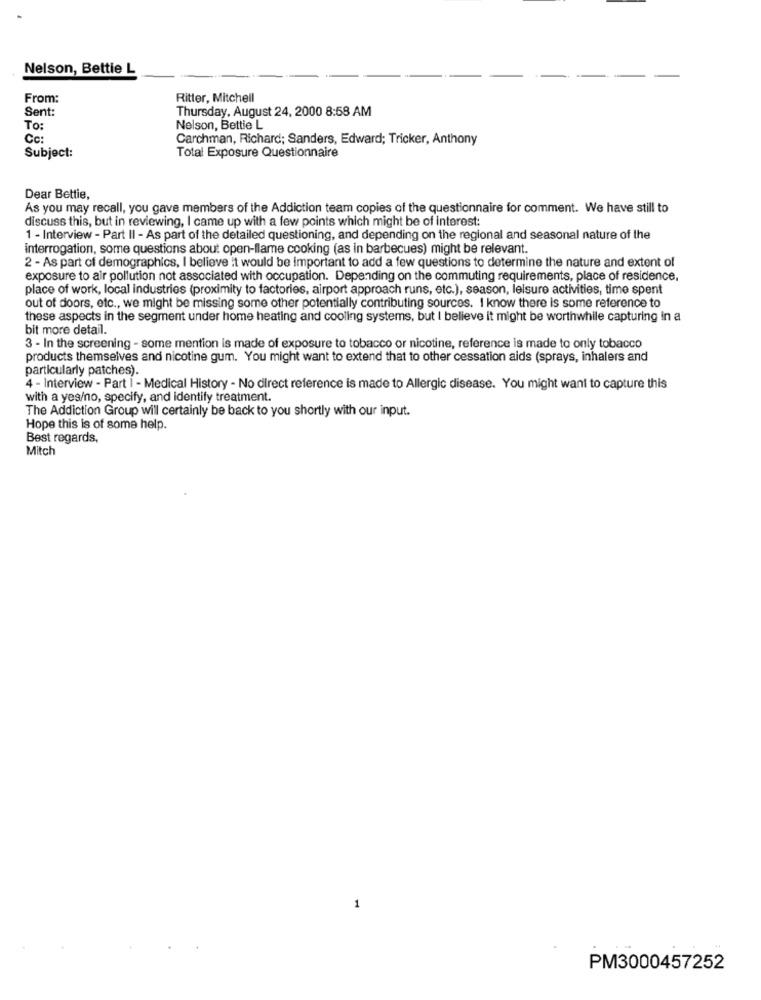
Nelson, Bettie L
From:
Ritter, Mitchell
Sent:
Thursday, August 24, 2000 8:58 AM
To:
Nelson, Bettie L
Cc:
Carchman, Richard; Sanders, Edward; Tricker, Anthony
Subject:
Total Exposure Questionnaire
Dear Bettie,
As you may recall, you gave members of the Addiction team copies of the questionnaire for comment. We have still to
discuss this, but in reviewing, I came up with a few points which might be of interest:
1 - Interview - Part II - As part of the detailed questioning, and depending on the regional and seasonal nature of the
interrogation, some questions about open-llame cooking (as in barbecues) might be relevant.
2 - As part of demographics, I believe it would be important to add a few questions to determine the nature and extent of
exposure to air pollution not associated with occupation. Depending on the commuting requirements, place of residence.
place of work, local industries (proximity to factories, airport approach runs, etc.), season, leisure activities, time spent
out of doors, etc ., we might be missing some other potentially contributing sources. I know there is some reference to
these aspects in the segment under home heating and cooling systems, but I believe it might be worthwhile capturing in a
bit more detail.
3 - In the screening - some mention is made of exposure to tobacco or nicotine, reference is made to only tobacco
products themselves and nicotine gum. You might want to extend that to other cessation aids (sprays, inhalers and
particularly patches).
4 - Interview - Part i - Medical History - No direct reference is made to Allergic disease. You might want to capture this
with a yes/no, specify, and identify treatment.
The Addiction Group will certainly be back to you shortly with our input.
Hope this is of some help.
Best regards,
Mitch
1
.-
PM3000457252